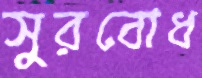
সুরবোধ